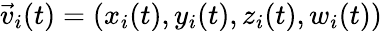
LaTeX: \vec{v}_{i}(t)=(x_{i}(t),y_{i}(t),z_{i}(t),w_{i}(t))